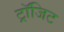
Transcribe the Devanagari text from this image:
ट्रॉजिट